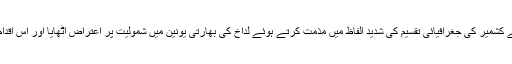
اطلاعات کے مطابق چین نے کشمیر کی جغرافیائی تقسیم کی شدید الفاظ میں مذمت کرتے ہوئے لداخ کی بھارتی یونین میں شمولیت پر اعتراض اُٹھایا اور اس اقدام کو ناقابل قبول قرار دیا ہے۔